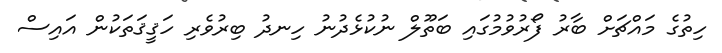
ހިތުގެ މައްޗަށް ބާރު ފޯރުވުމުގައި ބަތޫލް ނުކުޅެދުނު ހިނދު ބިރުވެރި ހަޤީޤަތަކުން އައިސް